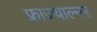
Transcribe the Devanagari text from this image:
फ्राज्चाल्नर